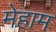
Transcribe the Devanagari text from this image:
मेहाम